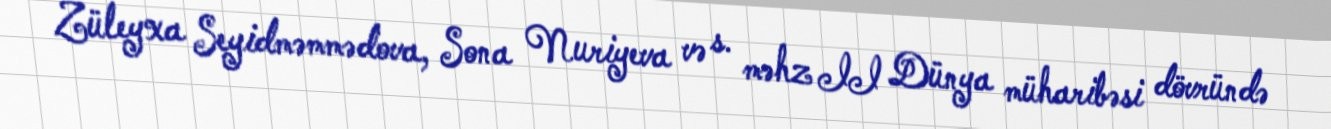
Züleyxa Seyidməmmədova, Sona Nuriyeva və s. məhz II Dünya müharibəsi dövründə